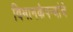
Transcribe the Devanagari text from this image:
विमानकंपन्यांचे